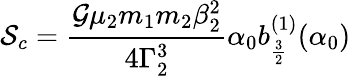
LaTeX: \mathcal{S}_{c}=\frac{\mathcal{G}\mu_{2}m_{1}m_{2}\beta_{2}^{2}}{4\Gamma_{2}^{3}}\alpha_{0}b_{\frac{3}{2}}^{(1)}(\alpha_{0})